Report on the lunatic asylums under the Government of Bombay - 1904-1913
Year: 1904
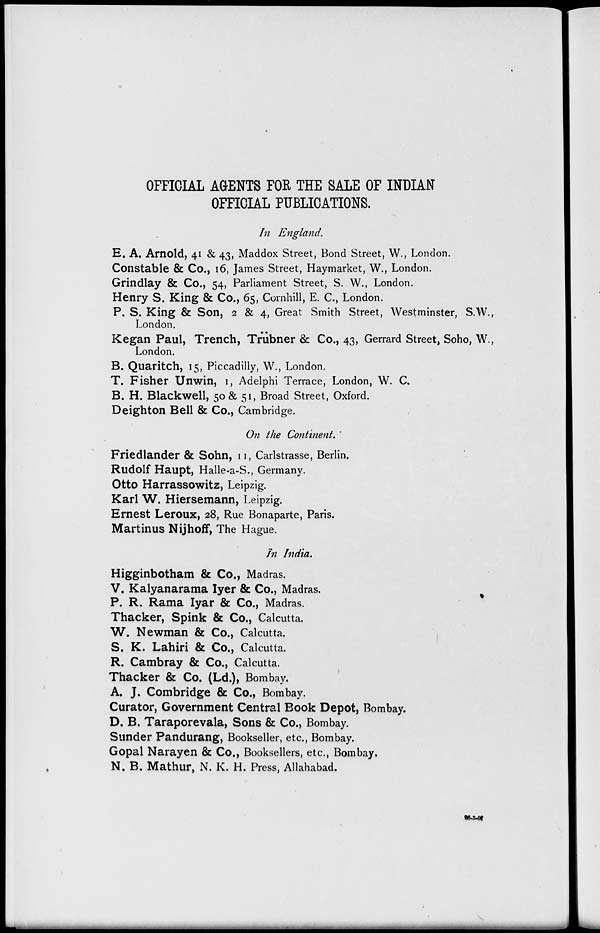
OFFICIAL AGENTS FOR THE SALE OF INDIAN
OFFICIAL PUBLICATIONS.
In England.
E. A. Arnold, 41 & 43, Maddox Street, Bond Street, W., London.
Constable & Co., 16, James Street, Haymarket, W., London.
Grindlay & Co., 54, Parliament Street, S. W., London.
Henry S. King & Co., 65, Cornhill, E. C., London.
P. S. King & Son, 2 & 4, Great Smith Street, Westminster, S.W.,
London.
Kegan Paul, Trench, Trübner & Co., 43, Gerrard Street, Soho, W.,
London.
B. Quaritch, 15, Piccadilly, W., London.
T. Fisher Unwin, I, Adelphi Terrace, London, W. C.
B. H. Blackwell, 50 & 51, Broad Street, Oxford.
Deighton Bell & Co., Cambridge.
On the Continent.
Friedlander & Sohn, II, Carlstrasse, Berlin.
Rudolf Haupt, Halle-a-S., Germany.
Otto Harrassowitz, Leipzig.
Karl W. Hiersemann, Leipzig.
Ernest Leroux, 28, Rue Bonaparte, Paris.
Martinus Nijhoff, The Hague.
In India.
Higginbotham & Co., Madras.
V. Kalyanarama Iyer & Co., Madras.
P. R. Rama Iyar & Co., Madras.
Thacker, Spink & Co., Calcutta.
W. Newman & Co., Calcutta.
S. K. Lahiri & Co., Calcutta.
R. Cambray & Co., Calcutta.
Thacker & Co. (Ld.), Bombay.
A. J. Combridge & Co., Bombay.
Curator, Government Central Book Depot, Bombay.
D. B. Taraporevala, Sons & Co., Bombay.
Sunder Pandurang, Bookseller, etc., Bombay.
Gopal Narayen & Co., Booksellers, etc., Bombay.
N. B. Mathur, N. K. H. Press, Allahabad.